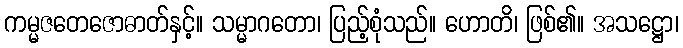
ကမ္မဇတေဇောဓာတ်နှင့်။ သမ္မာဂတော၊ ပြည့်စုံသည်။ ဟောတိ၊ ဖြစ်၏။ အသဋ္ဌော၊